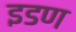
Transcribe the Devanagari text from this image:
इडण